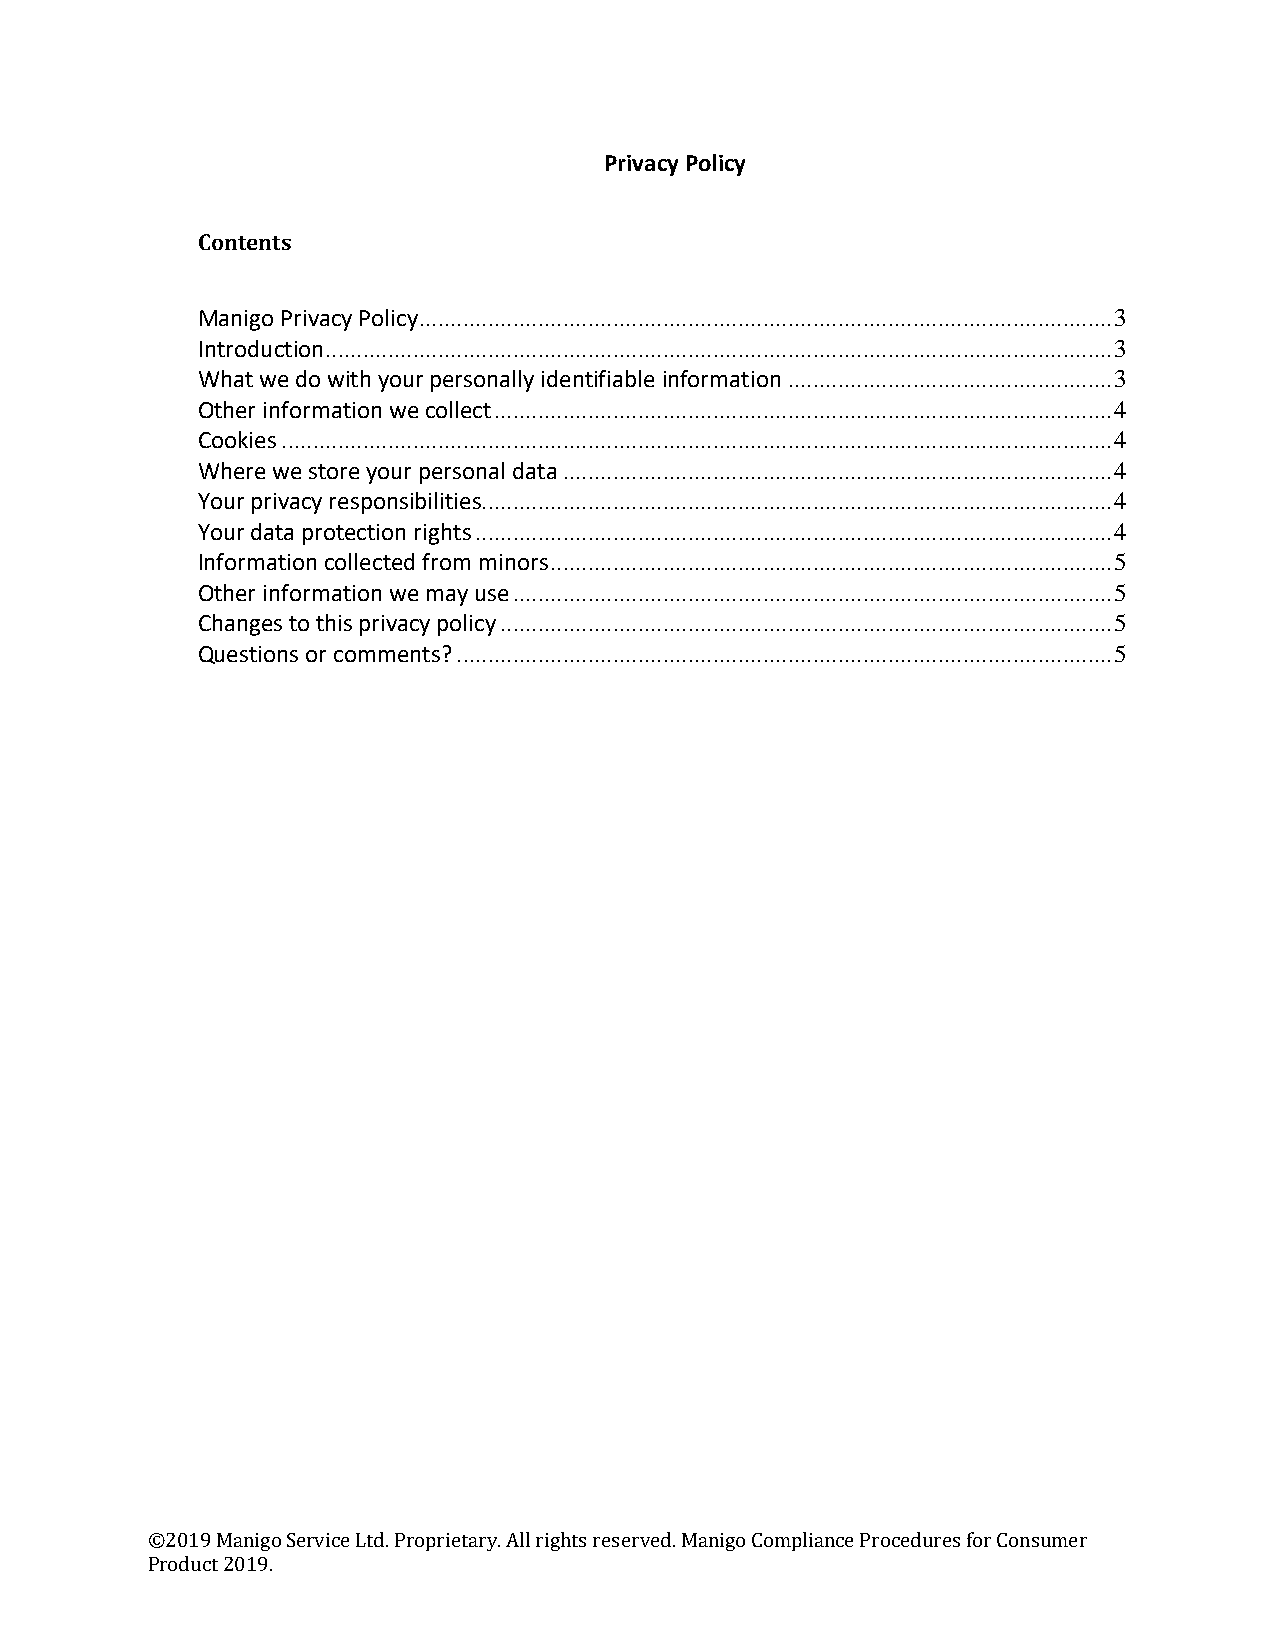
Privacy Policy
 Contents
 Manigo Privacy Policy ............................................................................................................... 3
 Introduction .............................................................................................................................. 3
 What we do with your personally identifiable information .................................................... 3
 Other information we collect ................................................................................................... 4
 Cookies ..................................................................................................................................... 4
 Where we store your personal data ........................................................................................ 4
 Your privacy responsibilities..................................................................................................... 4
 Your data protection rights ...................................................................................................... 4
 Information collected from minors .......................................................................................... 5
 Other information we may use ................................................................................................ 5
 Changes to this privacy policy .................................................................................................. 5
 Questions or comments? ......................................................................................................... 5
 ©2019 Manigo Service Ltd. Proprietary. All rights reserved. Manigo Compliance Procedures for Consumer
 Product 2019.